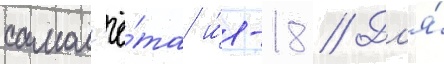
самол'ё́та и́л-18 // Дл'я́